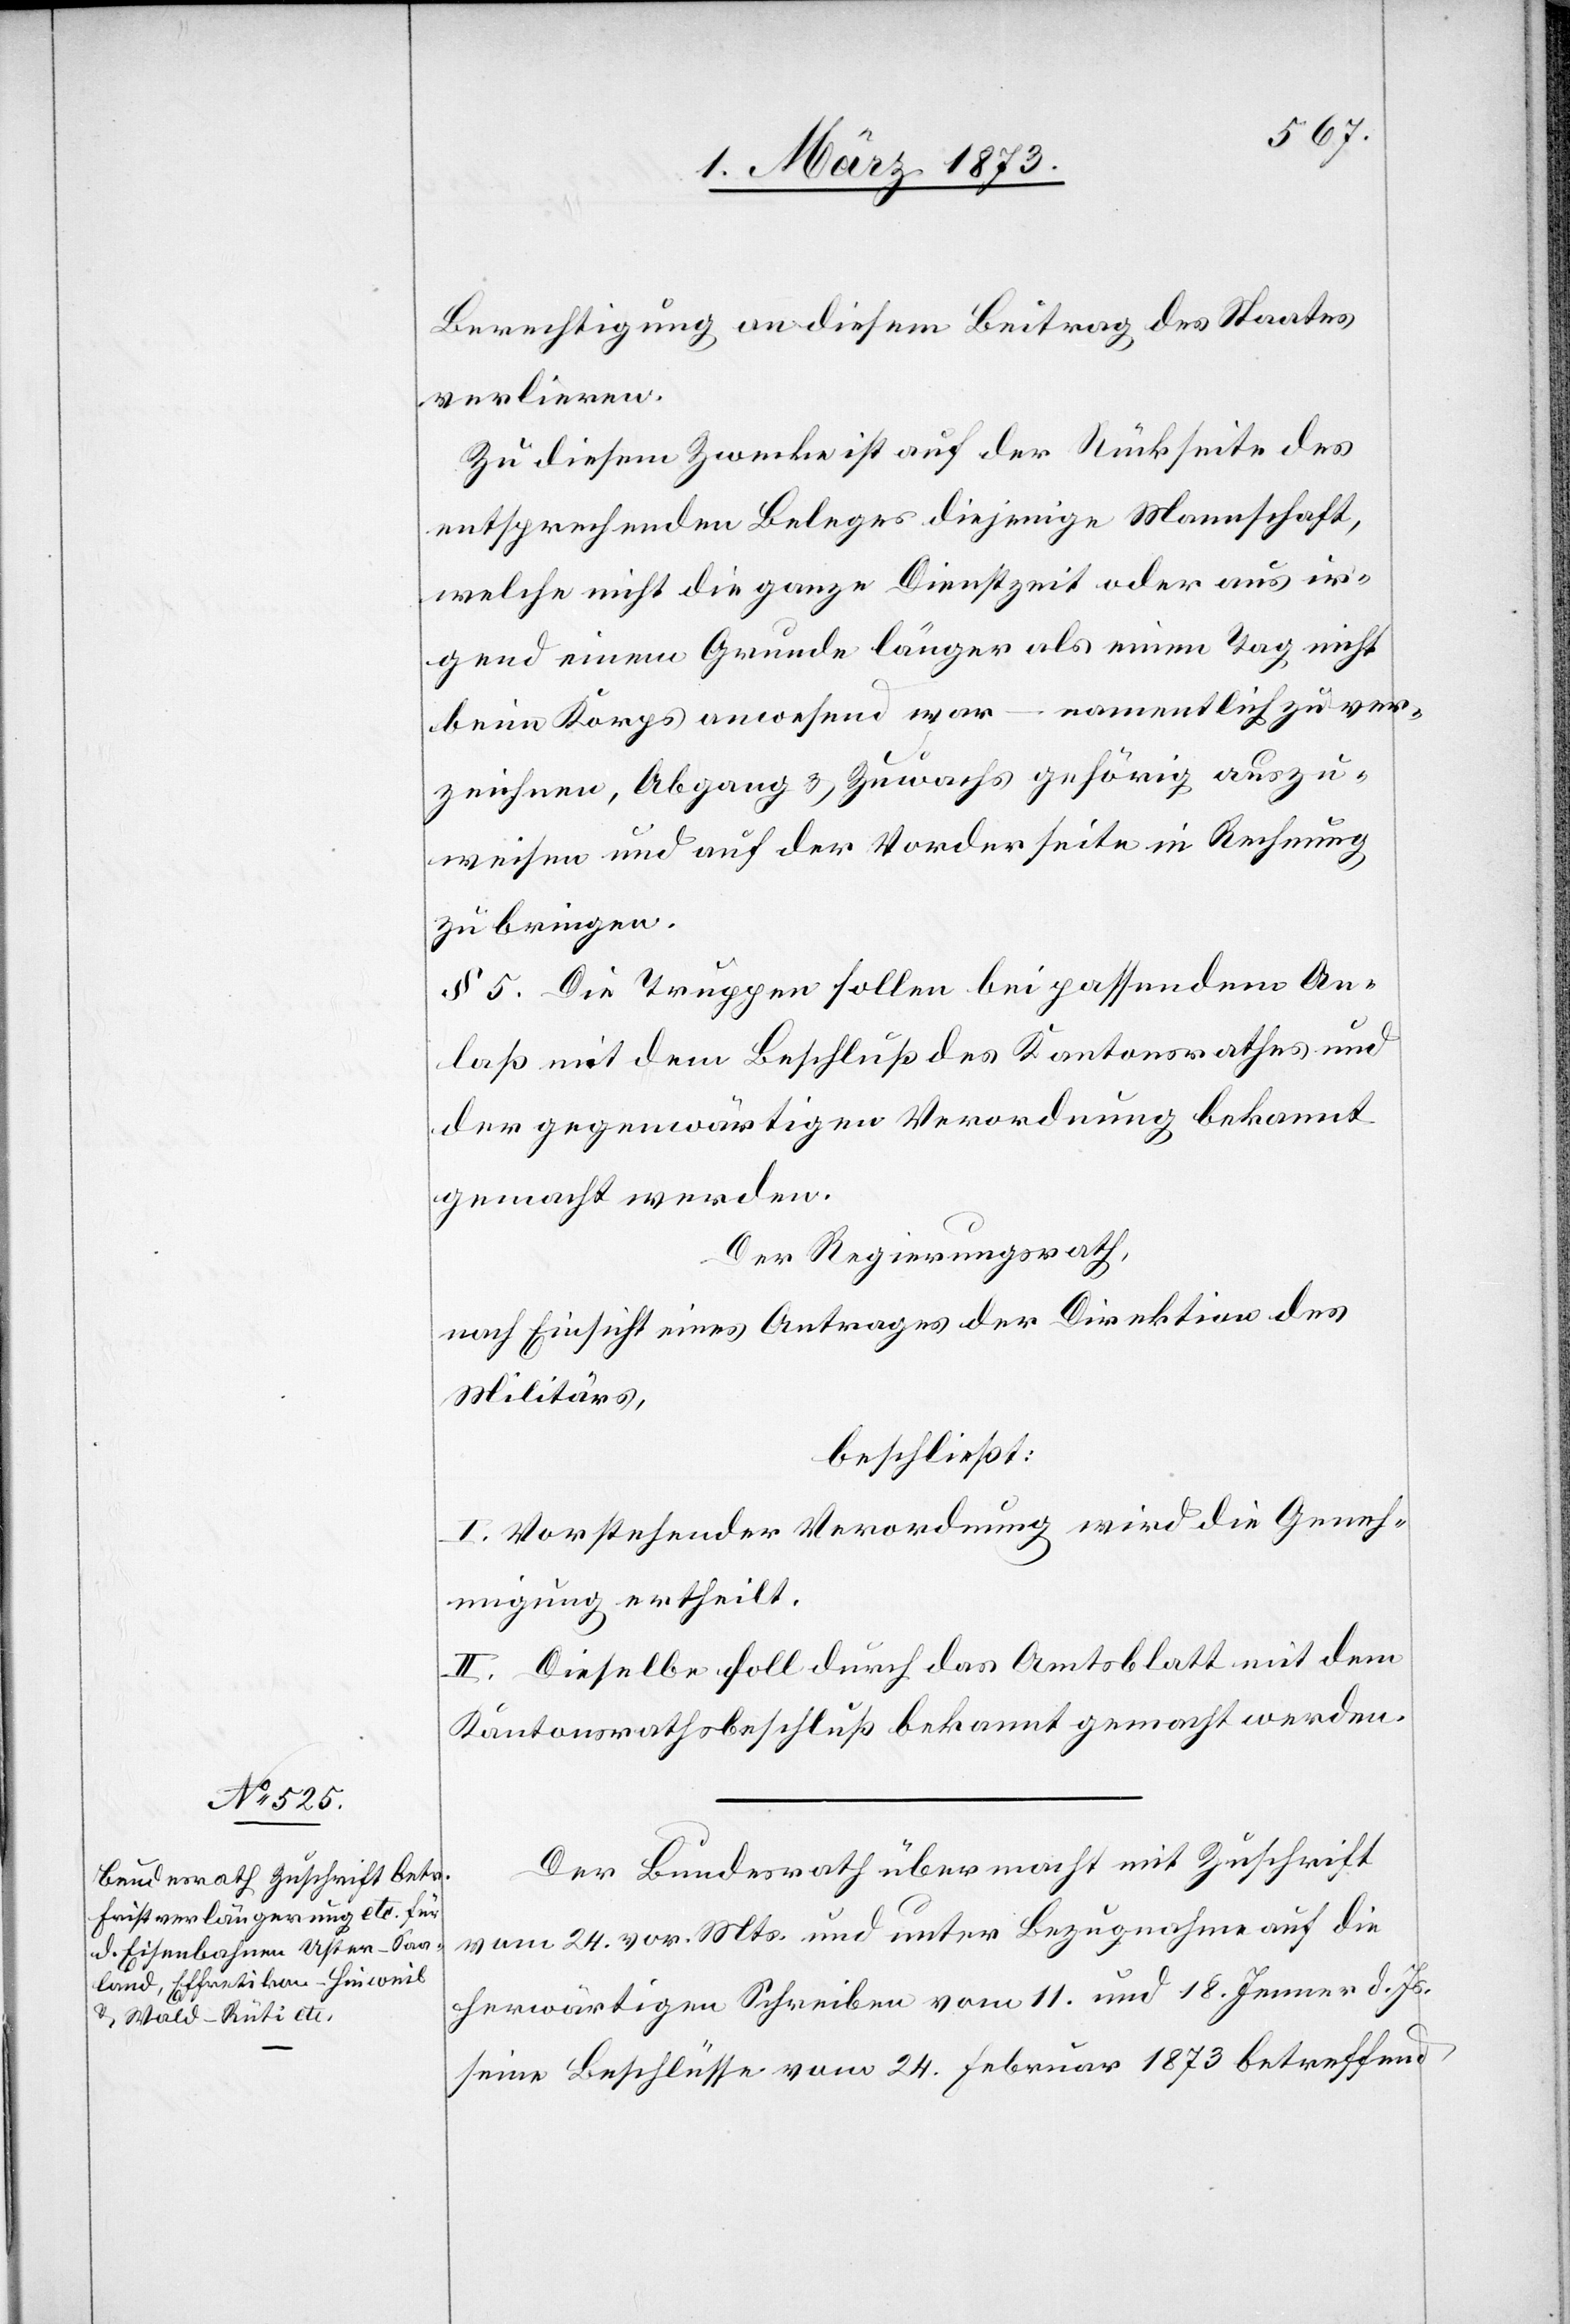
Berechtigung an diesem Beitrag des Staates
verlieren.
Zu diesem Zwecke ist auf der Rückseite des
entsprechenden Beleges diejenige Mannschaft,
welche nicht die ganze Dienstzeit oder aus ir¬
gend einem Grunde länger als einen Tag nicht
beim Korps anwesend war – namentlich zu ver¬
zeichnen, Abgang u. Zuwachs gehörig auszu¬
weisen und auf der Vorderseite in Rechnung
zu bringen.
§ 5. Die Truppen sollen bei passendem An¬
laß mit dem Beschluß des Kantonsrathes und
der gegenwärtigen Verordnung bekannt
gemacht werden.
Der Regierungsrath,
nach Einsicht eines Antrages der Direktion des
Militärs,
beschließt:
I. Vorstehender Verordnung wird die Geneh¬
migung ertheilt.
II. Dieselbe soll durch das Amtsblatt mit dem
Kantonsrathsbeschluß bekannt gemacht werden.
Der Bundesrath übermacht mit Zuschrift
vom 24. vor. Mts. und unter Bezugnahme auf die
herwärtigen Schreiben vom 11. und 18. Jenner d. Js.
seine Beschlüsse vom 24. Februar 1873 betreffend